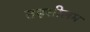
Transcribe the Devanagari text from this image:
तहसीलम